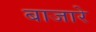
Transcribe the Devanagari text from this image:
बाजारे